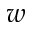
w